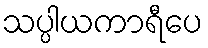
သပ္ပါယကာရီပေ